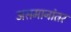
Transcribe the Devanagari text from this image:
असमानांतर